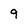
Character: 9